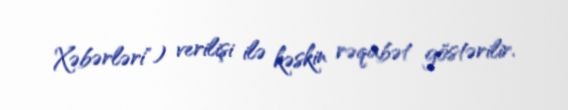
Xəbərləri") verilişi ilə kəskin rəqabət göstərilir.